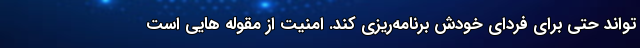
تواند حتی برای فردای خودش برنامه‌ریزی کند. امنیت از مقوله هایی است